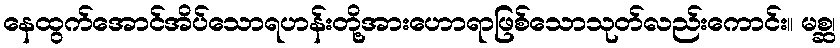
နေထွက်အောင်အိပ်သောရဟန်းတို့အားဟောရာဖြစ်သောသုတ်လည်းကောင်း။ မစ္ဆ၊